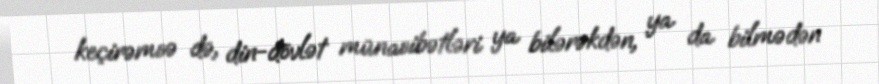
keçirəmsə də, din-dövlət münasibətləri ya bilərəkdən, ya da bilmədən